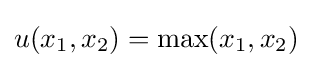
u(x_{1},x_{2})=\max(x_{1},x_{2})